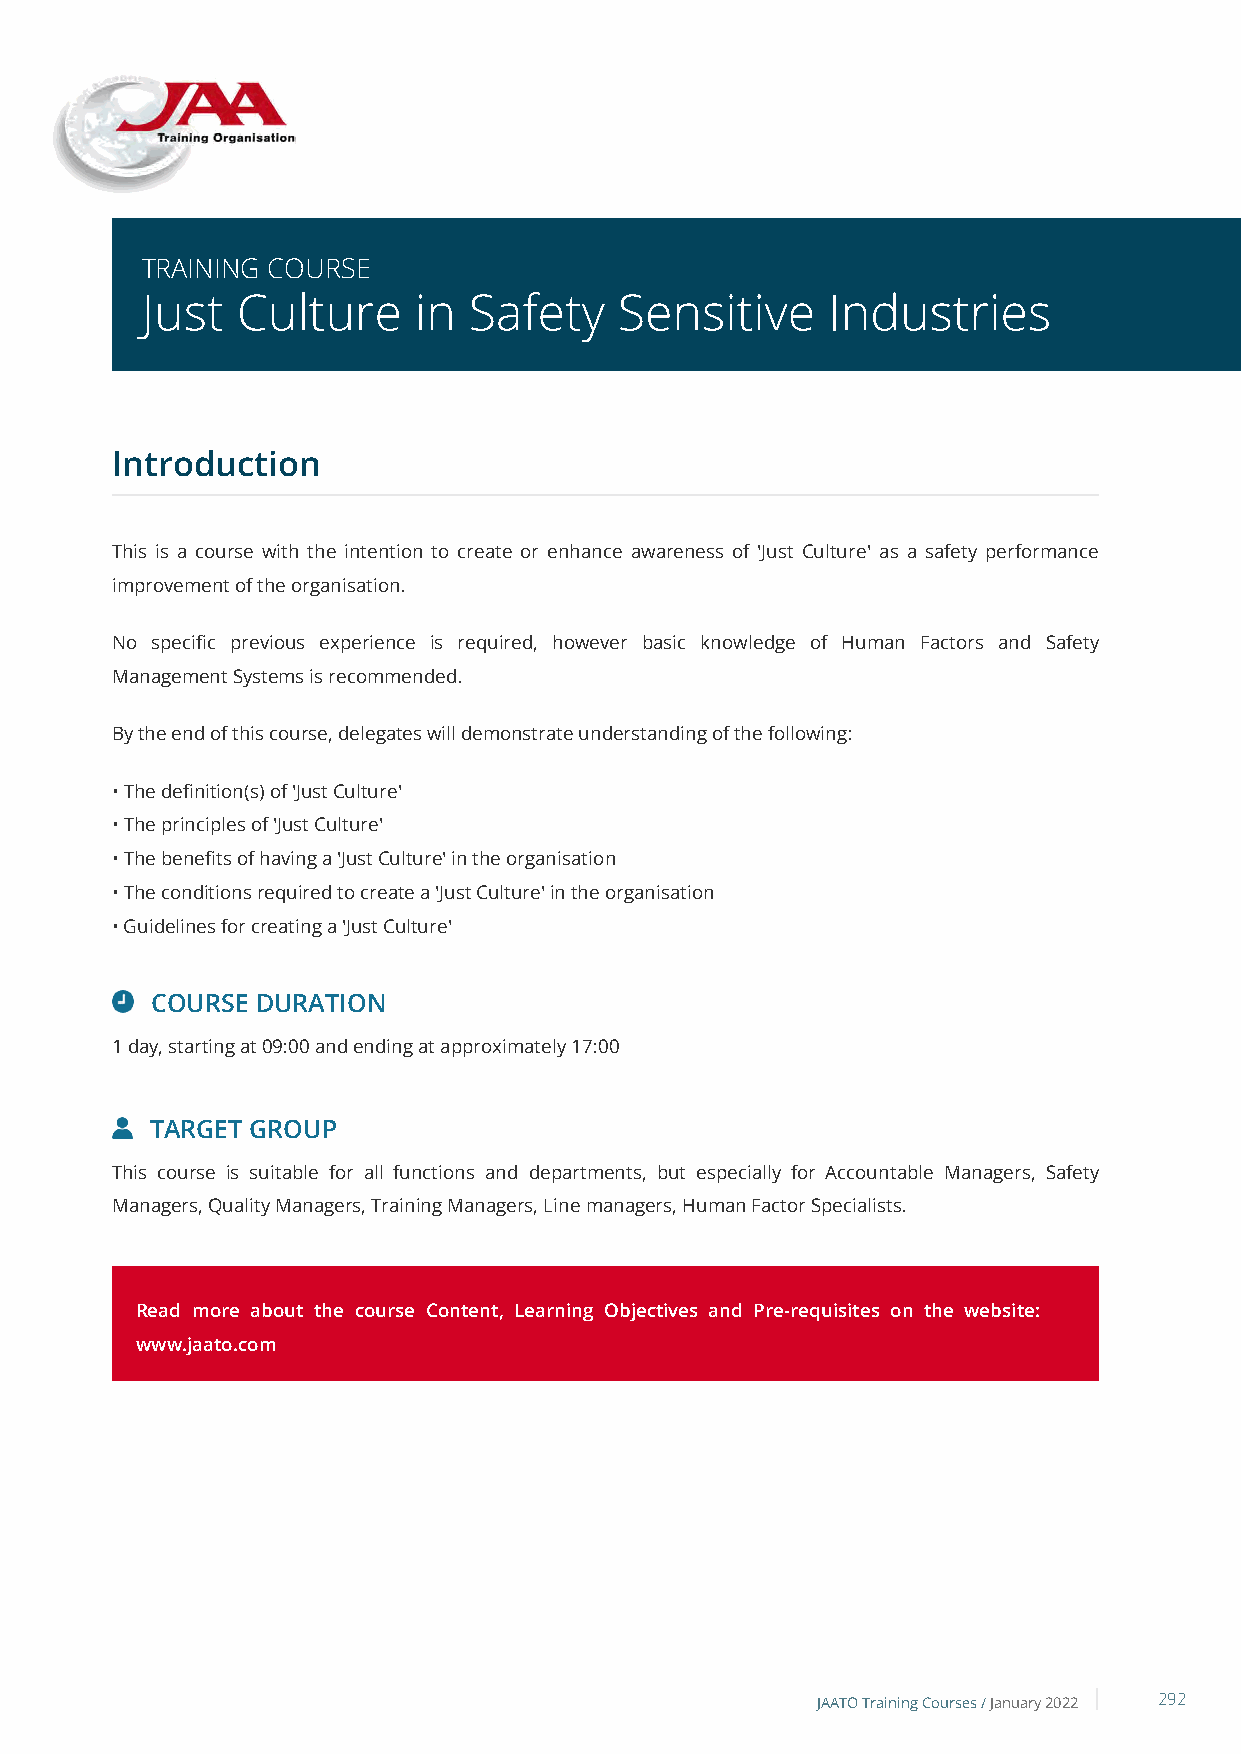
TRAINING COURSE
 Just   Culture    in  Safety    Sensitive     Industries
 Introduction
 This is a course with the intention to create or enhance awareness of 'Just Culture' as a safety performance
 improvement of the organisation.
 No specific previous experience is required, however basic knowledge of Human Factors and Safety
 Management Systems is recommended.
 By the end of this course, delegates will demonstrate understanding of the following:
 • The definition(s) of 'Just Culture'
 • The principles of 'Just Culture'
 • The benefits of having a 'Just Culture' in the organisation
 • The conditions required to create a 'Just Culture' in the organisation
 • Guidelines for creating a 'Just Culture'
 COURSE DURATION
 1 day, starting at 09:00 and ending at approximately 17:00
 TARGET GROUP
 This course is suitable for all functions and departments, but especially for Accountable Managers, Safety
 Managers, Quality Managers, Training Managers, Line managers, Human Factor Specialists.
 Read more about the course Content, Learning Objectives and Pre-requisites on the website:
 www.jaato.com
 JAATO Training Courses /January 2022 292